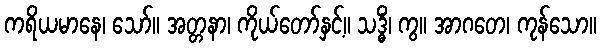
ကရိယမာနေ၊ သော်။ အတ္တနာ၊ ကိုယ်တော်နှင့်။ သဒ္ဓိံ၊ ကွ။ အာဂတေ၊ ကုန်သော။